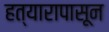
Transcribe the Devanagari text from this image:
हत्यारापासून